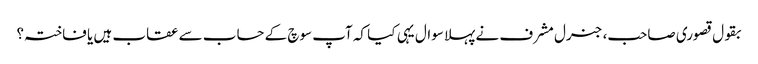
بقول قصوری صاحب، جنرل مشرف نے پہلا سوال یہی کیا کہ آپ سوچ کے حساب سے عقاب ہیں یا فاختہ؟